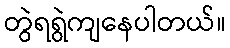
တွဲရရွဲကျနေပါတယ်။